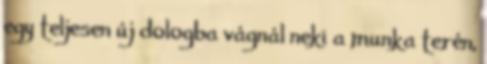
egy teljesen új dologba vágnál neki a munka terén,